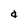
Character: a